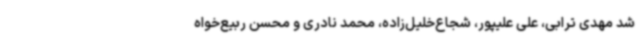
شد مهدی ترابی، علی علیپور، شجاع‌خلیل‌زاده، محمد نادری و محسن ربیع‌خواه